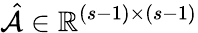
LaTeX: \hat{\mathcal{A}}\in\mathbb{R}^{(s-1)\times(s-1)}